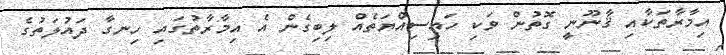
އިމާރާތަކާއި ޤާނޫނީ ގޮތުން ވަކި ހައިސިއްޔަތެއް ލިބިގެން އެ އިމާރާތުގައި ހިނގާ ދައުލަތުގެ